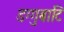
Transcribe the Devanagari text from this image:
डग्गुबाटि